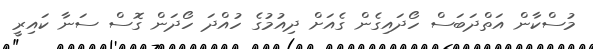
މުސްކާން އަތްދަބަސް ހޯދައިގެން ގެއަށް ދިއުމުގެ ހުއްދަ ހޯދަން ގޮސް ސަނާ ކައިރީ